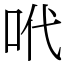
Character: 𠰺